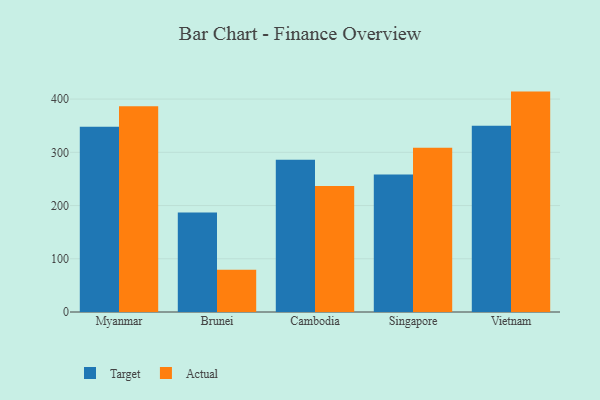
{"axis": {"x": "Country", "y": "Gross Profit (USD K)"}, "legend": ["Actual", "Target"], "data": [{"x": "Myanmar", "y": 348.1, "type": "Target"}, {"x": "Myanmar", "y": 386.8, "type": "Actual"}, {"x": "Brunei", "y": 186.8, "type": "Target"}, {"x": "Brunei", "y": 79.6, "type": "Actual"}, {"x": "Cambodia", "y": 286.0, "type": "Target"}, {"x": "Cambodia", "y": 236.8, "type": "Actual"}, {"x": "Singapore", "y": 258.3, "type": "Target"}, {"x": "Singapore", "y": 308.4, "type": "Actual"}, {"x": "Vietnam", "y": 350.0, "type": "Target"}, {"x": "Vietnam", "y": 414.1, "type": "Actual"}]}